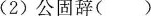
(2)公固辞()